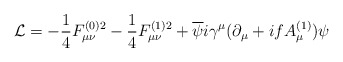
\begin{align*}{\cal L}=-\frac{1}{4}F_{\mu\nu}^{(0)2}-\frac{1}{4}F_{\mu\nu}^{(1)2}+\overline{\psi}i\gamma^{\mu}(\partial_{\mu}+ifA_{\mu}^{(1)})\psi\end{align*}